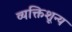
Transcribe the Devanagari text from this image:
व्यक्तिशून्य